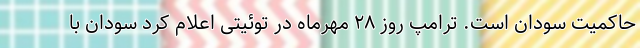
حاکمیت سودان است. ترامپ روز ۲۸ مهرماه در توئیتی اعلام کرد سودان با